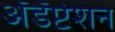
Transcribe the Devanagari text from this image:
अॅडॅप्टेशन